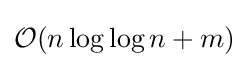
{\mathcal {O}}(n\log \log n+m)